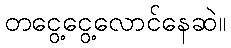
တငွေ့ငွေ့လောင်နေဆဲ။